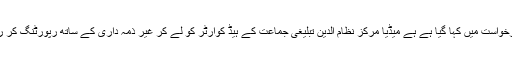
دائر درخواست میں کہا گیا ہے ہے میڈیا مرکز نظام الدین تبلیغی جماعت کے ہیڈ کوارٹر کو لے کر غیر ذمہ داری کے ساتھ رپورٹنگ کر رہا ہے۔